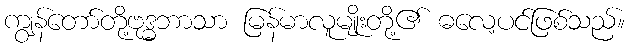
ကျွန်တော်တို့ဗုဒ္ဓဘာသာ မြန်မာလူမျိုးတို့၏ ဓလေ့ပင်ဖြစ်သည်။